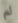
لم